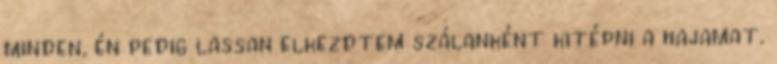
minden, én pedig lassan elkezdtem szálanként kitépni a hajamat.